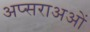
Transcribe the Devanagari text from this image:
अप्सराअओं